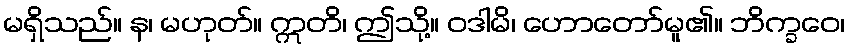
မရှိသည်။ န၊ မဟုတ်။ ဣတိ၊ ဤသို့။ ဝဒါမိ၊ ဟောတော်မူ၏။ ဘိက္ခဝေ၊